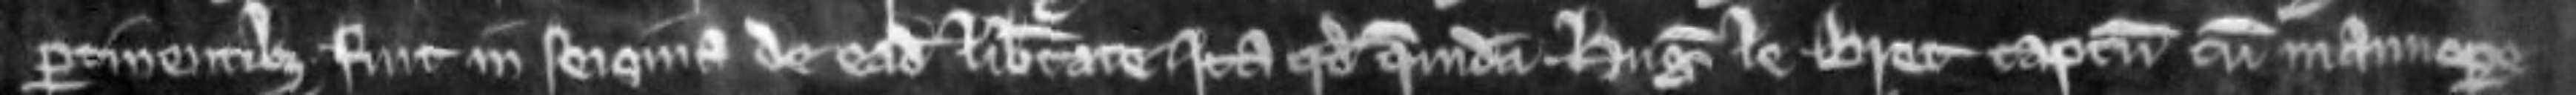
pertinentibus fuit in seisina de eadem libertate ita quod quendam Hugonem le Bret captum cum manuopere